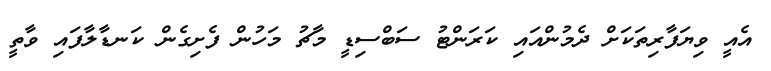
އެއީ ވިޔަފާރިތަކަށް ދެމުންއައި ކަރަންޓު ސަބްސިޑީ މާޗު މަހުން ފެށިގެން ކަނޑާލާފައި ވާތީ